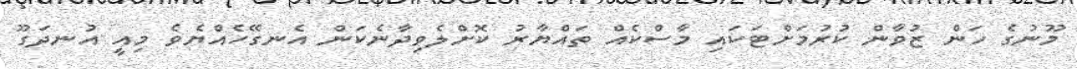
މޫނުގެ ހަން ޒުވާން ކުރުމަށްޓަކައި މާސްކެއް ތައްޔާރު ކޮށްލެވިދާނެކަން އެނގޭހެއްޔެވެ މިއީ އުނދަގޫ